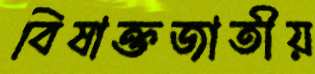
বিষাক্তজাতীয়